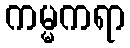
ကမ္မကရာ